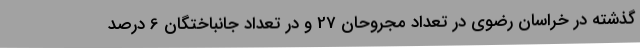
گذشته در خراسان رضوی در تعداد مجروحان 27 و در تعداد جانباختگان 6 درصد